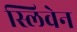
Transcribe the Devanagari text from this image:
स्लिवेन